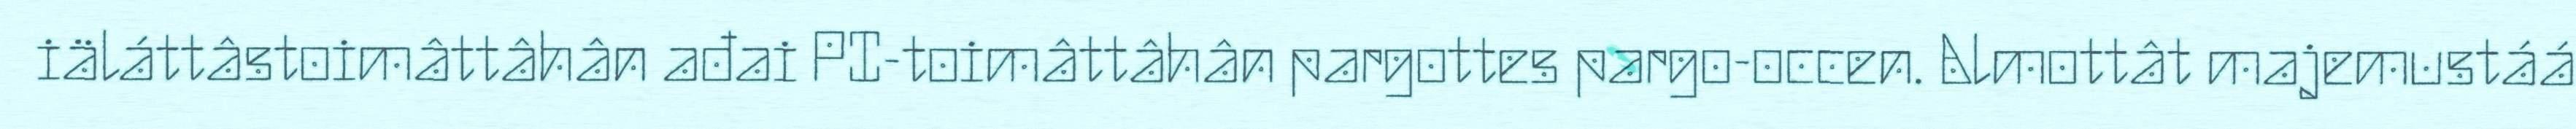
iäláttâstoimâttâhân ađai PI-toimâttâhân pargottes pargo-occen. Almottât majemustáá